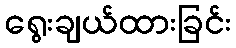
ရွေးချယ်ထားခြင်း